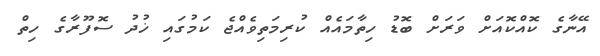
އޭނާގެ ކޮއްކޮއަށް ވަރަށް ބޮޑު ހިތާމައެއް ކުރިމަތިވެއްޖެ ކަމުގައި ޚުދު ސޮފޫރާގެ ހިތް